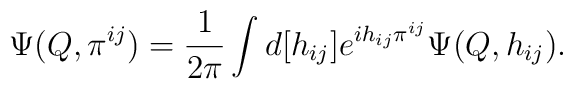
\Psi(Q,\pi^{ij}) = \frac{1}{2\pi}\int  d[h_{ij}] e^{i h_{ij}\pi^{ij}} \Psi(Q,h_{ij}).